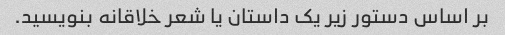
بر اساس دستور زیر یک داستان یا شعر خلاقانه بنویسید.